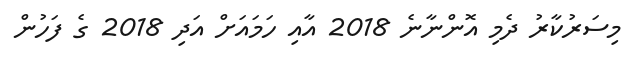
މިސަރުކާރު ދެމި އޮންނާނެ 2018 އާއި ހަމައަށް އަދި 2018 ގެ ފަހުން